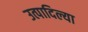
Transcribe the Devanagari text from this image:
उत्पादिल्या